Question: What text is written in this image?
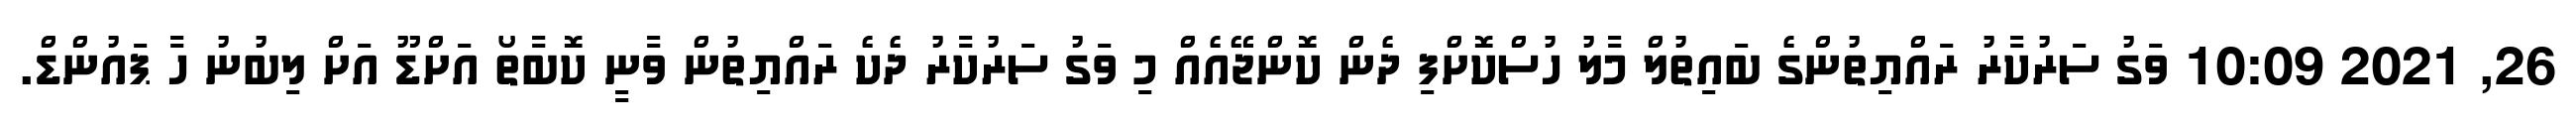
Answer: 26, 2021 10:09 ވަގު ސަރުކާރު ރައްޔިތުންގެ ބައިތުލް މާލު ހުސްކޮށްފި ދެން ކޮންޖޭއެއް މި ވަގު ސަރުކާރު ދެކެ ރައްޔިތުން ވާނީ ކޮބާތޯ އަށްޑޫ އަށް ލިބުނު ހާ ޕައުންޑް.